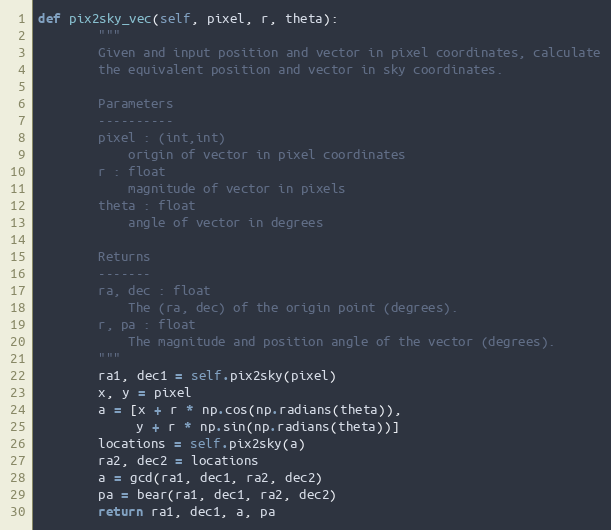
Language: Python
def pix2sky_vec(self, pixel, r, theta):
        """
        Given and input position and vector in pixel coordinates, calculate
        the equivalent position and vector in sky coordinates.

        Parameters
        ----------
        pixel : (int,int)
            origin of vector in pixel coordinates
        r : float
            magnitude of vector in pixels
        theta : float
            angle of vector in degrees

        Returns
        -------
        ra, dec : float
            The (ra, dec) of the origin point (degrees).
        r, pa : float
            The magnitude and position angle of the vector (degrees).
        """
        ra1, dec1 = self.pix2sky(pixel)
        x, y = pixel
        a = [x + r * np.cos(np.radians(theta)),
             y + r * np.sin(np.radians(theta))]
        locations = self.pix2sky(a)
        ra2, dec2 = locations
        a = gcd(ra1, dec1, ra2, dec2)
        pa = bear(ra1, dec1, ra2, dec2)
        return ra1, dec1, a, pa